Vaccination in Burma 1912-1922 - 1912-1922
Year: 1912
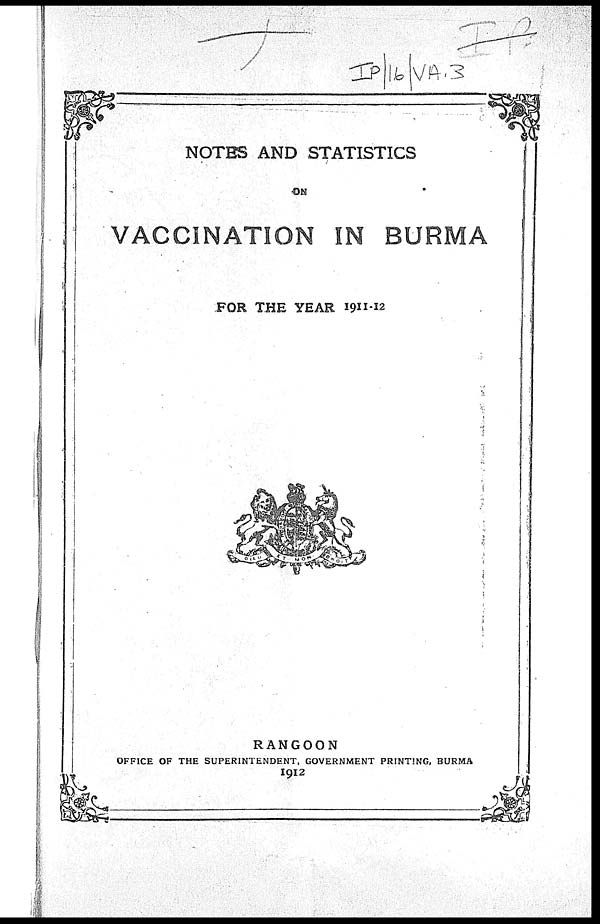
NOTES AND STATISTICS
ON
VACCINATION IN BURMA
FOR THE YEAR 1911-12
RANGOON
OFFICE OF THE SUPERINTENDENT, GOVERNMENT PRINTING, BURMA
1912